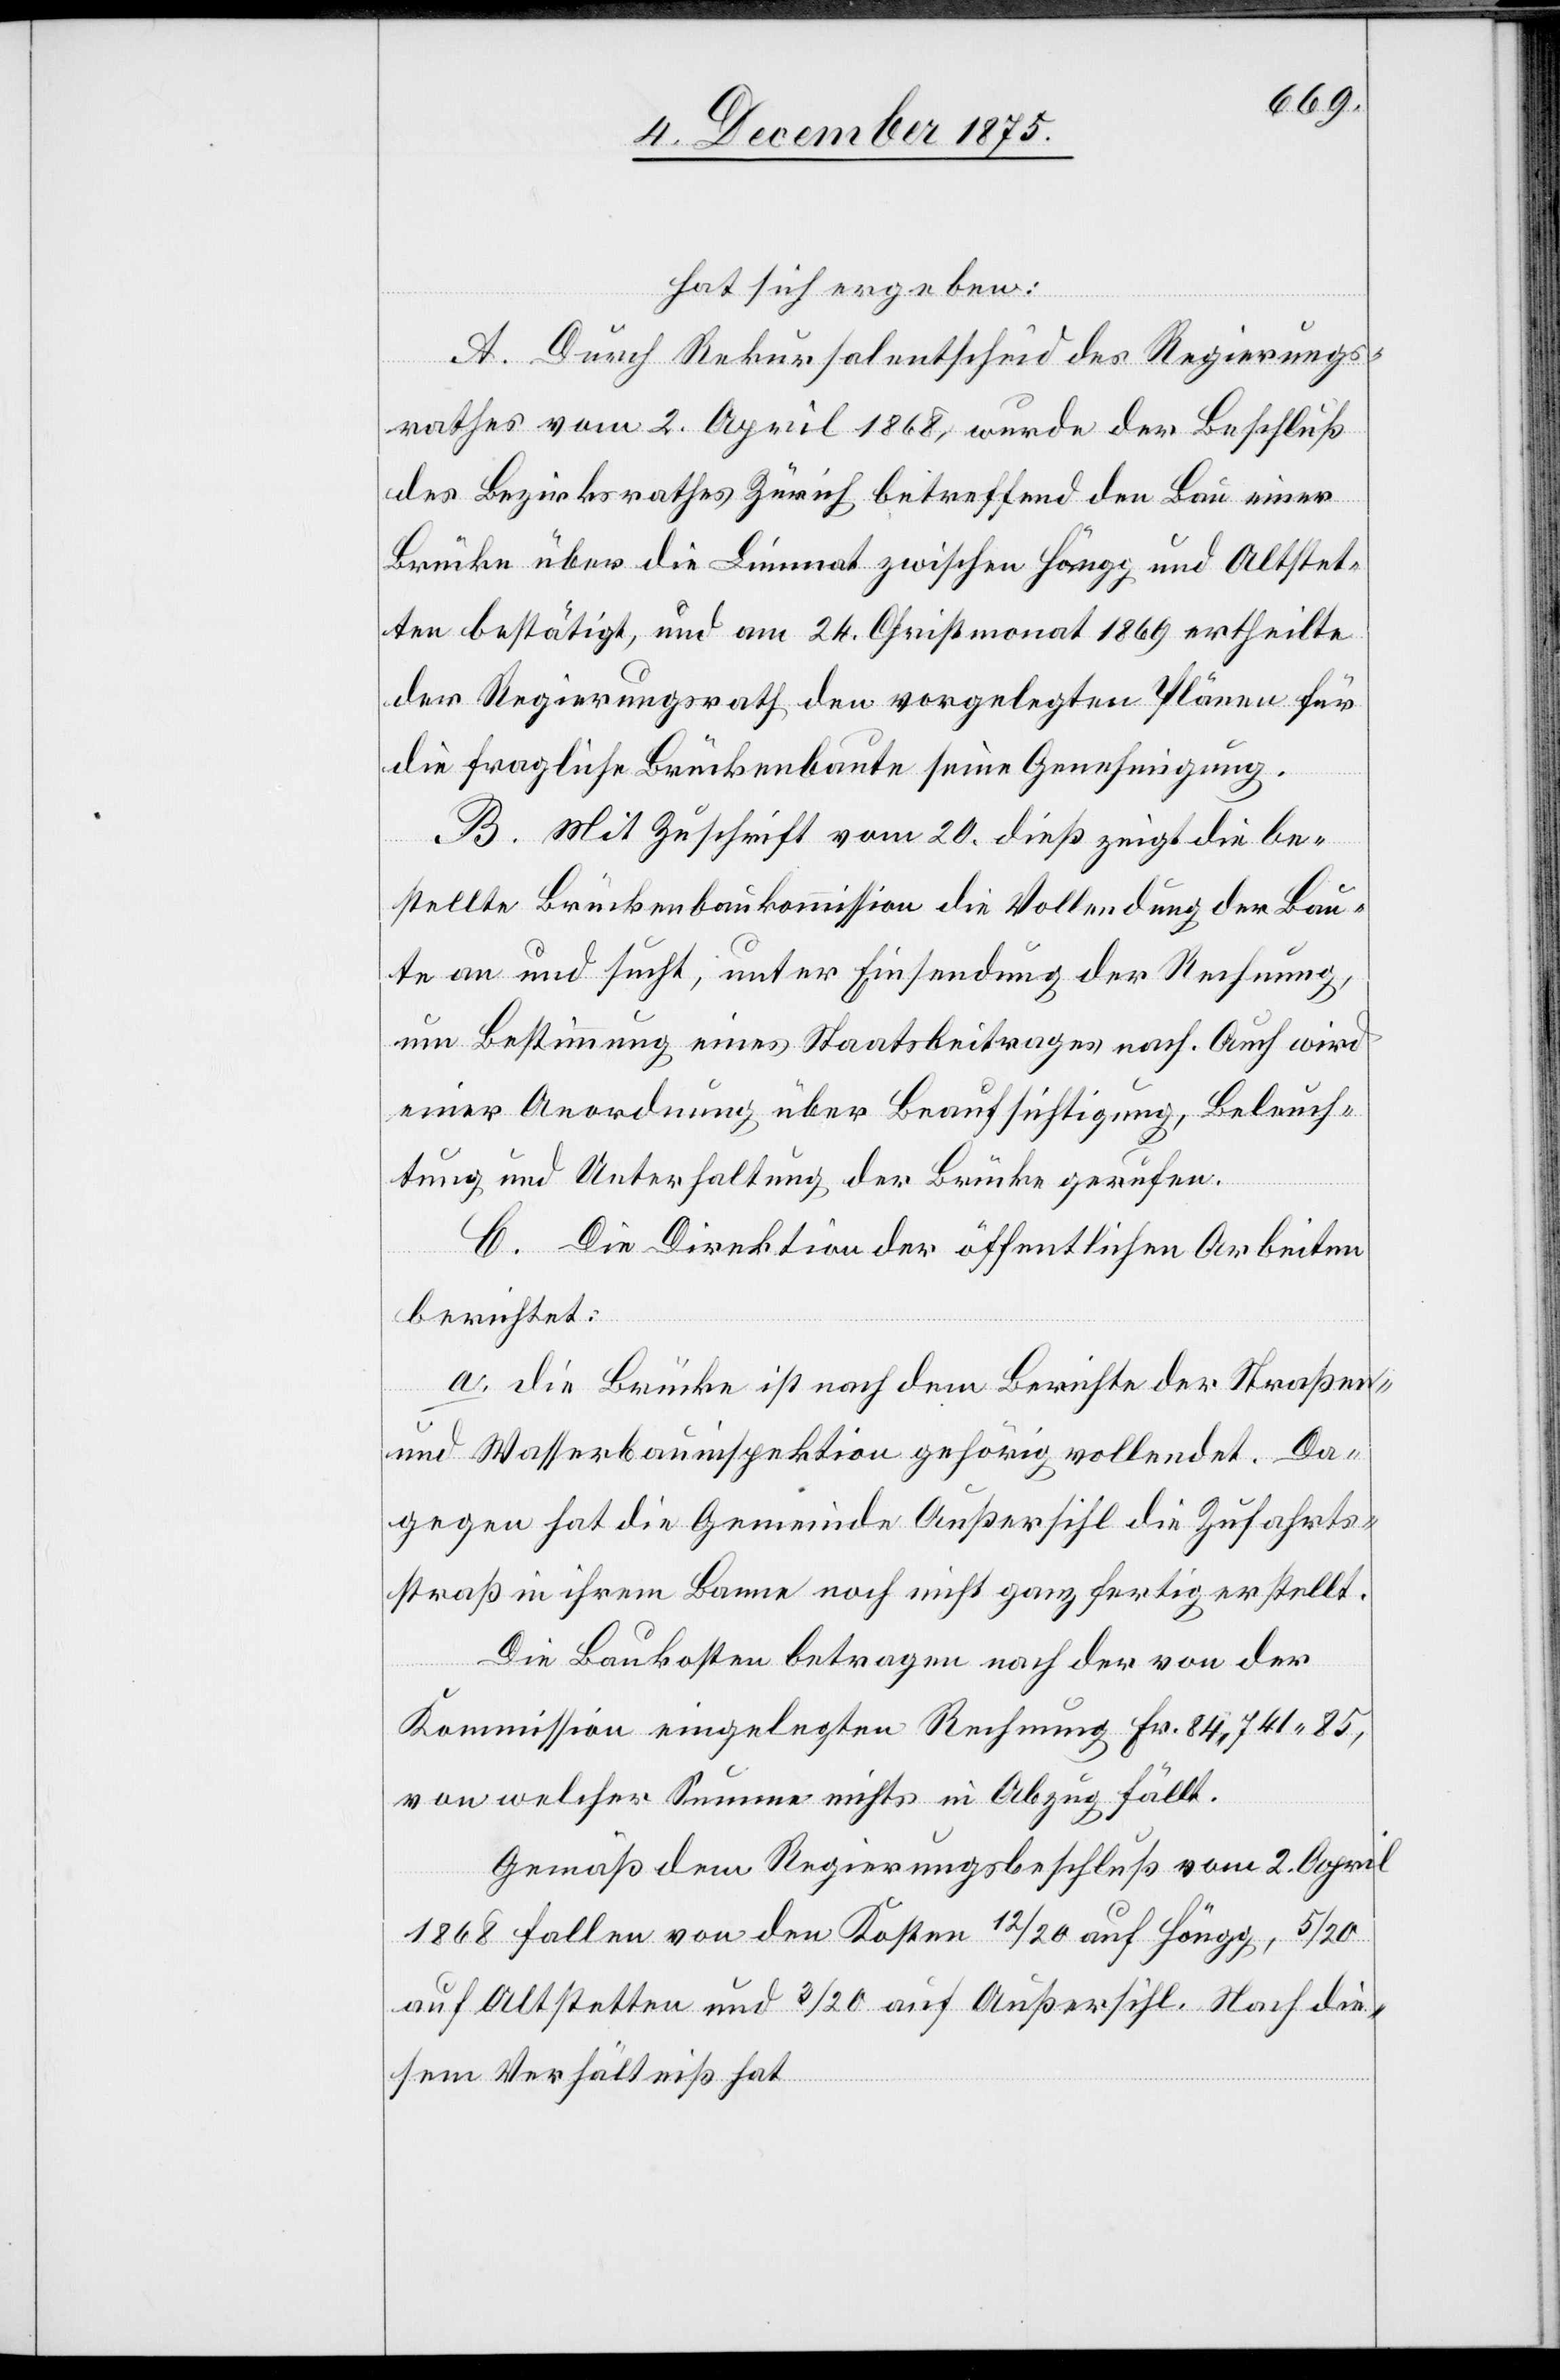
hat sich ergeben:
A. Durch Rekursalentscheid des Regierungs¬
rathes vom 2. April 1868, wurde der Beschluß
des Bezirksrathes Zürich betreffend den Bau einer
Brücke über die Limmat zwischen Höngg und Altstet¬
ten bestätigt, und am 24. Christmonat 1869 ertheilte
der Regierungsrath den vorgelegten Plänen für
die fragliche Brückenbaute seine Genehmigung.
B. Mit Zuschrift vom 20. dieß zeigt die be¬
stellte Brückenbaukommission die Vollendung der Bau¬
te an und sucht, unter Einsendung der Rechnung,
um Bestimmung eines Staatsbeitrages nach. Auch wird
einer Anordnung über Beaufsichtigung, Beleuch¬
tung und Unterhaltung der Brücke gerufen.
C. Die Direktion der öffentlichen Arbeiten
berichtet:
a. die Brücke ist nach dem Berichte der Straßen-
und Wasserbauinspektion gehörig vollendet. Da¬
gegen hat die Gemeinde Außersihl die Zufahrts¬
straß[e] in ihrem Banne noch nicht ganz fertig erstellt.
Die Baukosten betragen nach der von der
Kommission eingelegten Rechnung Fr. 84,741 85,
von welcher Summe nichts in Abzug fällt.
Gemäß dem Regierungsbeschluß vom 2. April
1868 fallen von den Kosten 12/20 auf Höngg, 5/20
auf Altstetten und 3/20 auf Außersihl. Nach die¬
sem Verhältniß hat